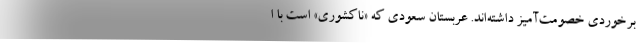
برخوردی خصومت‌آمیز داشته‌اند. عربستان سعودی که «ناکشوری» است با ا